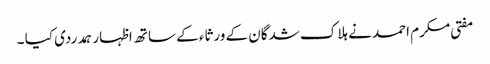
مفتی مکرم احمد نے ہلاک شدگان کے ورثاء کے ساتھ اظہار ہمدردی کیا ۔